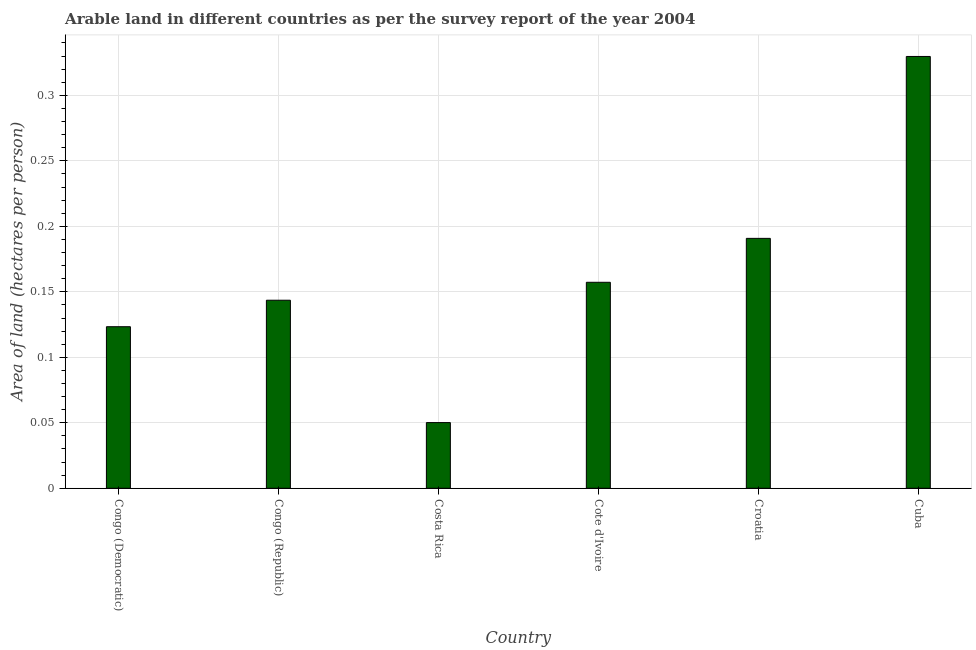
| Country | Arable land |
 | --- | --- |
 | Congo (Democratic) | 0.123 |
 | Congo (Republic) | 0.144 |
 | Costa Rica | 0.0502 |
 | Cote d'Ivoire | 0.157 |
 | Croatia | 0.191 |
 | Cuba | 0.33 |